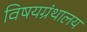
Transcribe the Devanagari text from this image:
विषयग्रंथालय